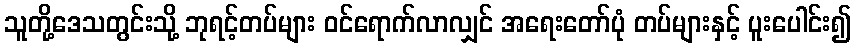
သူတို့ဒေသတွင်းသို့ ဘုရင့်တပ်များ ဝင်ရောက်လာလျှင် အရေးတော်ပုံ တပ်များနှင့် ပူးပေါင်း၍